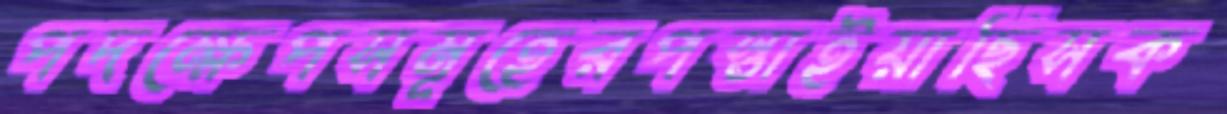
পদক্ষেপসমূহেরপস্তাইয়াছিসক